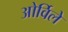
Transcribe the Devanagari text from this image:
ओर्विले